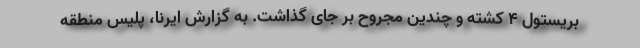
بریستول ۴ کشته و چندین مجروح بر جای گذاشت. به گزارش ایرنا، پلیس منطقه